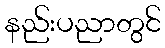
နည်းပညာတွင်